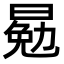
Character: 𣈳